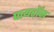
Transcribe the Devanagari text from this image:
पायराॅन